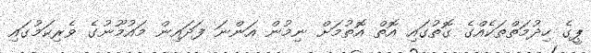
ޕީގެ ހިދުމަތްތަކެއްގެ ގޮތުގައި އޮތް އޮތުމަށް ނިމުން އަންނަ ފަދައިން މައުމޫނުގެ ވެރިކަމުގައި